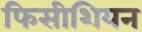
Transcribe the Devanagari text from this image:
फिसीशियन